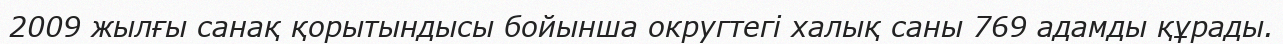
2009 жылғы санақ қорытындысы бойынша округтегі халық саны 769 адамды құрады.